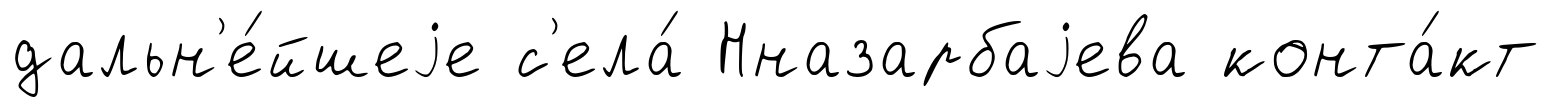
дальн'е́йшеjе с'ела́ Нназарбаjева конта́кт